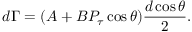
d \Gamma = ( A + B P _ { \tau } \cos \theta ) \frac { d \cos \theta } { 2 } .